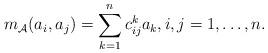
LaTeX: \begin{align*}m_\mathcal{A}(a_i,a_j)=\sum_{k=1}^n c^k_{ij} a_k, i,j =1,\dots,n.\end{align*}